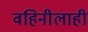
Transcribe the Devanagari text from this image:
वहिनीलाही